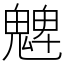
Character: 䰦